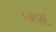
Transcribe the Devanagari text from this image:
५९२६